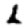
Digit: 2